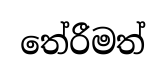
තේරීමත්